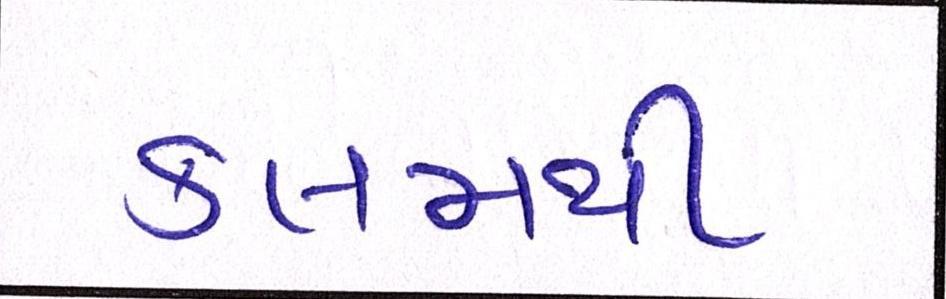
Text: કલમથી